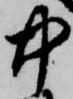
中